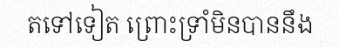
តទៅទៀត ព្រោះទ្រាំមិនបាននឹង